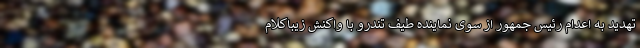
تهدید به اعدام رئیس جمهور از سوی نماینده طیف تندرو با واکنش زیباکلام